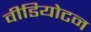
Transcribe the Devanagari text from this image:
वीडियोटन